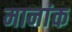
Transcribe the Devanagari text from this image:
मानांक